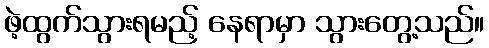
ဖဲ့ထွက်သွားရမည့် နေရာမှာ သွားတွေ့သည်။